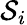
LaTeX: \mathcal{S}_{i}